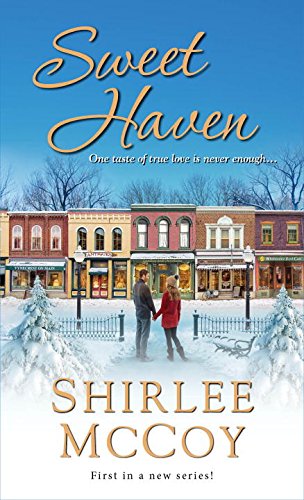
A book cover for Sweet Haven; Shirlee McCoy; Romance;